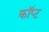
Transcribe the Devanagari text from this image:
कॉप्ट